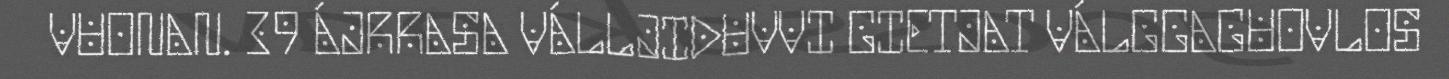
VUONAN. 39 ÁJRRASA VÁLLJIDUVVI GIETJAT VÁLGGAGUOVLOS